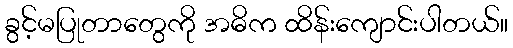
ခွင့်မပြုတာတွေကို အဓိက ထိန်းကျောင်းပါတယ်။